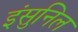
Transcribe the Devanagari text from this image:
इंसुनिल